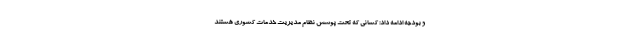
و بودجه ادامه داد: کسانی که تحت پوشش نظام مدیریت خدمات کشوری هستند